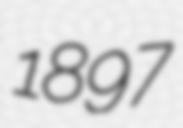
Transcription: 1897